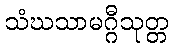
သံဃသာမဂ္ဂီသုတ္တ